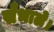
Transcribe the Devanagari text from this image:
सँभाले।